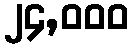
၂၄,၀၀၀